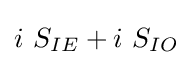
i\ S_{IE}+i\ S_{IO}